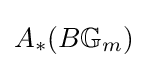
A_{*}(B\mathbb {G} _{m})